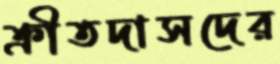
ক্রীতদাসদের